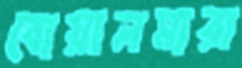
বোয়ালমারা